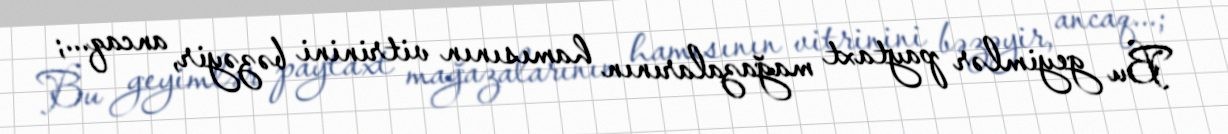
Bu geyimlər paytaxt mağazalarının hamısının vitrinini bəzəyir, ancaq...;